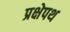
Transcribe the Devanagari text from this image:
प्रक्षेपथ